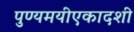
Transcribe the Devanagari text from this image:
पुण्यमयीएकादशी